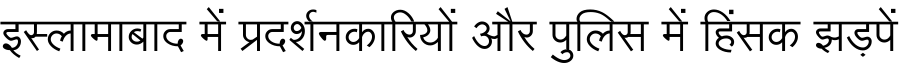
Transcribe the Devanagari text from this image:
इस्लामाबाद में प्रदर्शनकारियों और पुलिस में हिंसक झड़पें